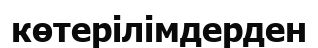
көтерілімдерден